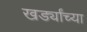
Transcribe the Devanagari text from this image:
खर्ड्यांच्या